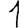
Digit: 1